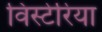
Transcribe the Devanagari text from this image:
विस्टेरिया